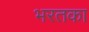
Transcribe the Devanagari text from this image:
भरतका